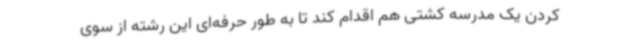
کردن یک مدرسه کشتی هم اقدام کند تا به طور حرفه‌ای این رشته از سوی